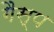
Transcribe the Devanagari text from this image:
गैस्प